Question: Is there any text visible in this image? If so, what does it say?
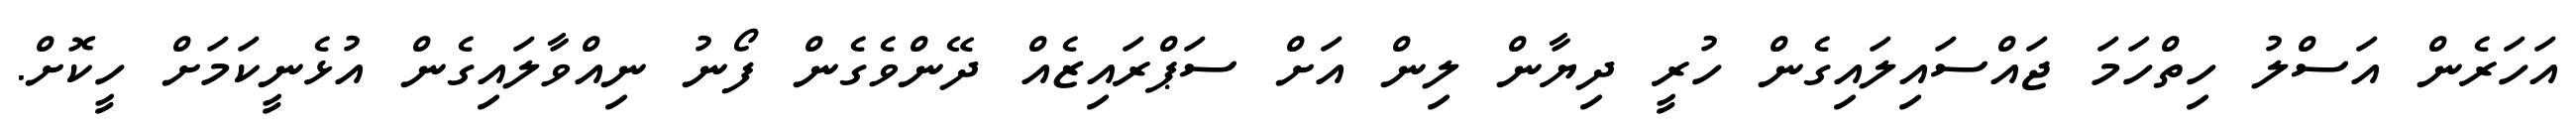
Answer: އަހަރެން އަސްލު ހިތްހަމަ ޖައްސައިލައިގެން ހުރީ ދިޔާން ލިން އަށް ސަޕްރައިޒެއް ދޭންވެގެން ފޯނު ނިއްވާލައިގެން އުޅެނީކަމަށް ހީކޮށް.